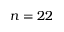
n = 2 2